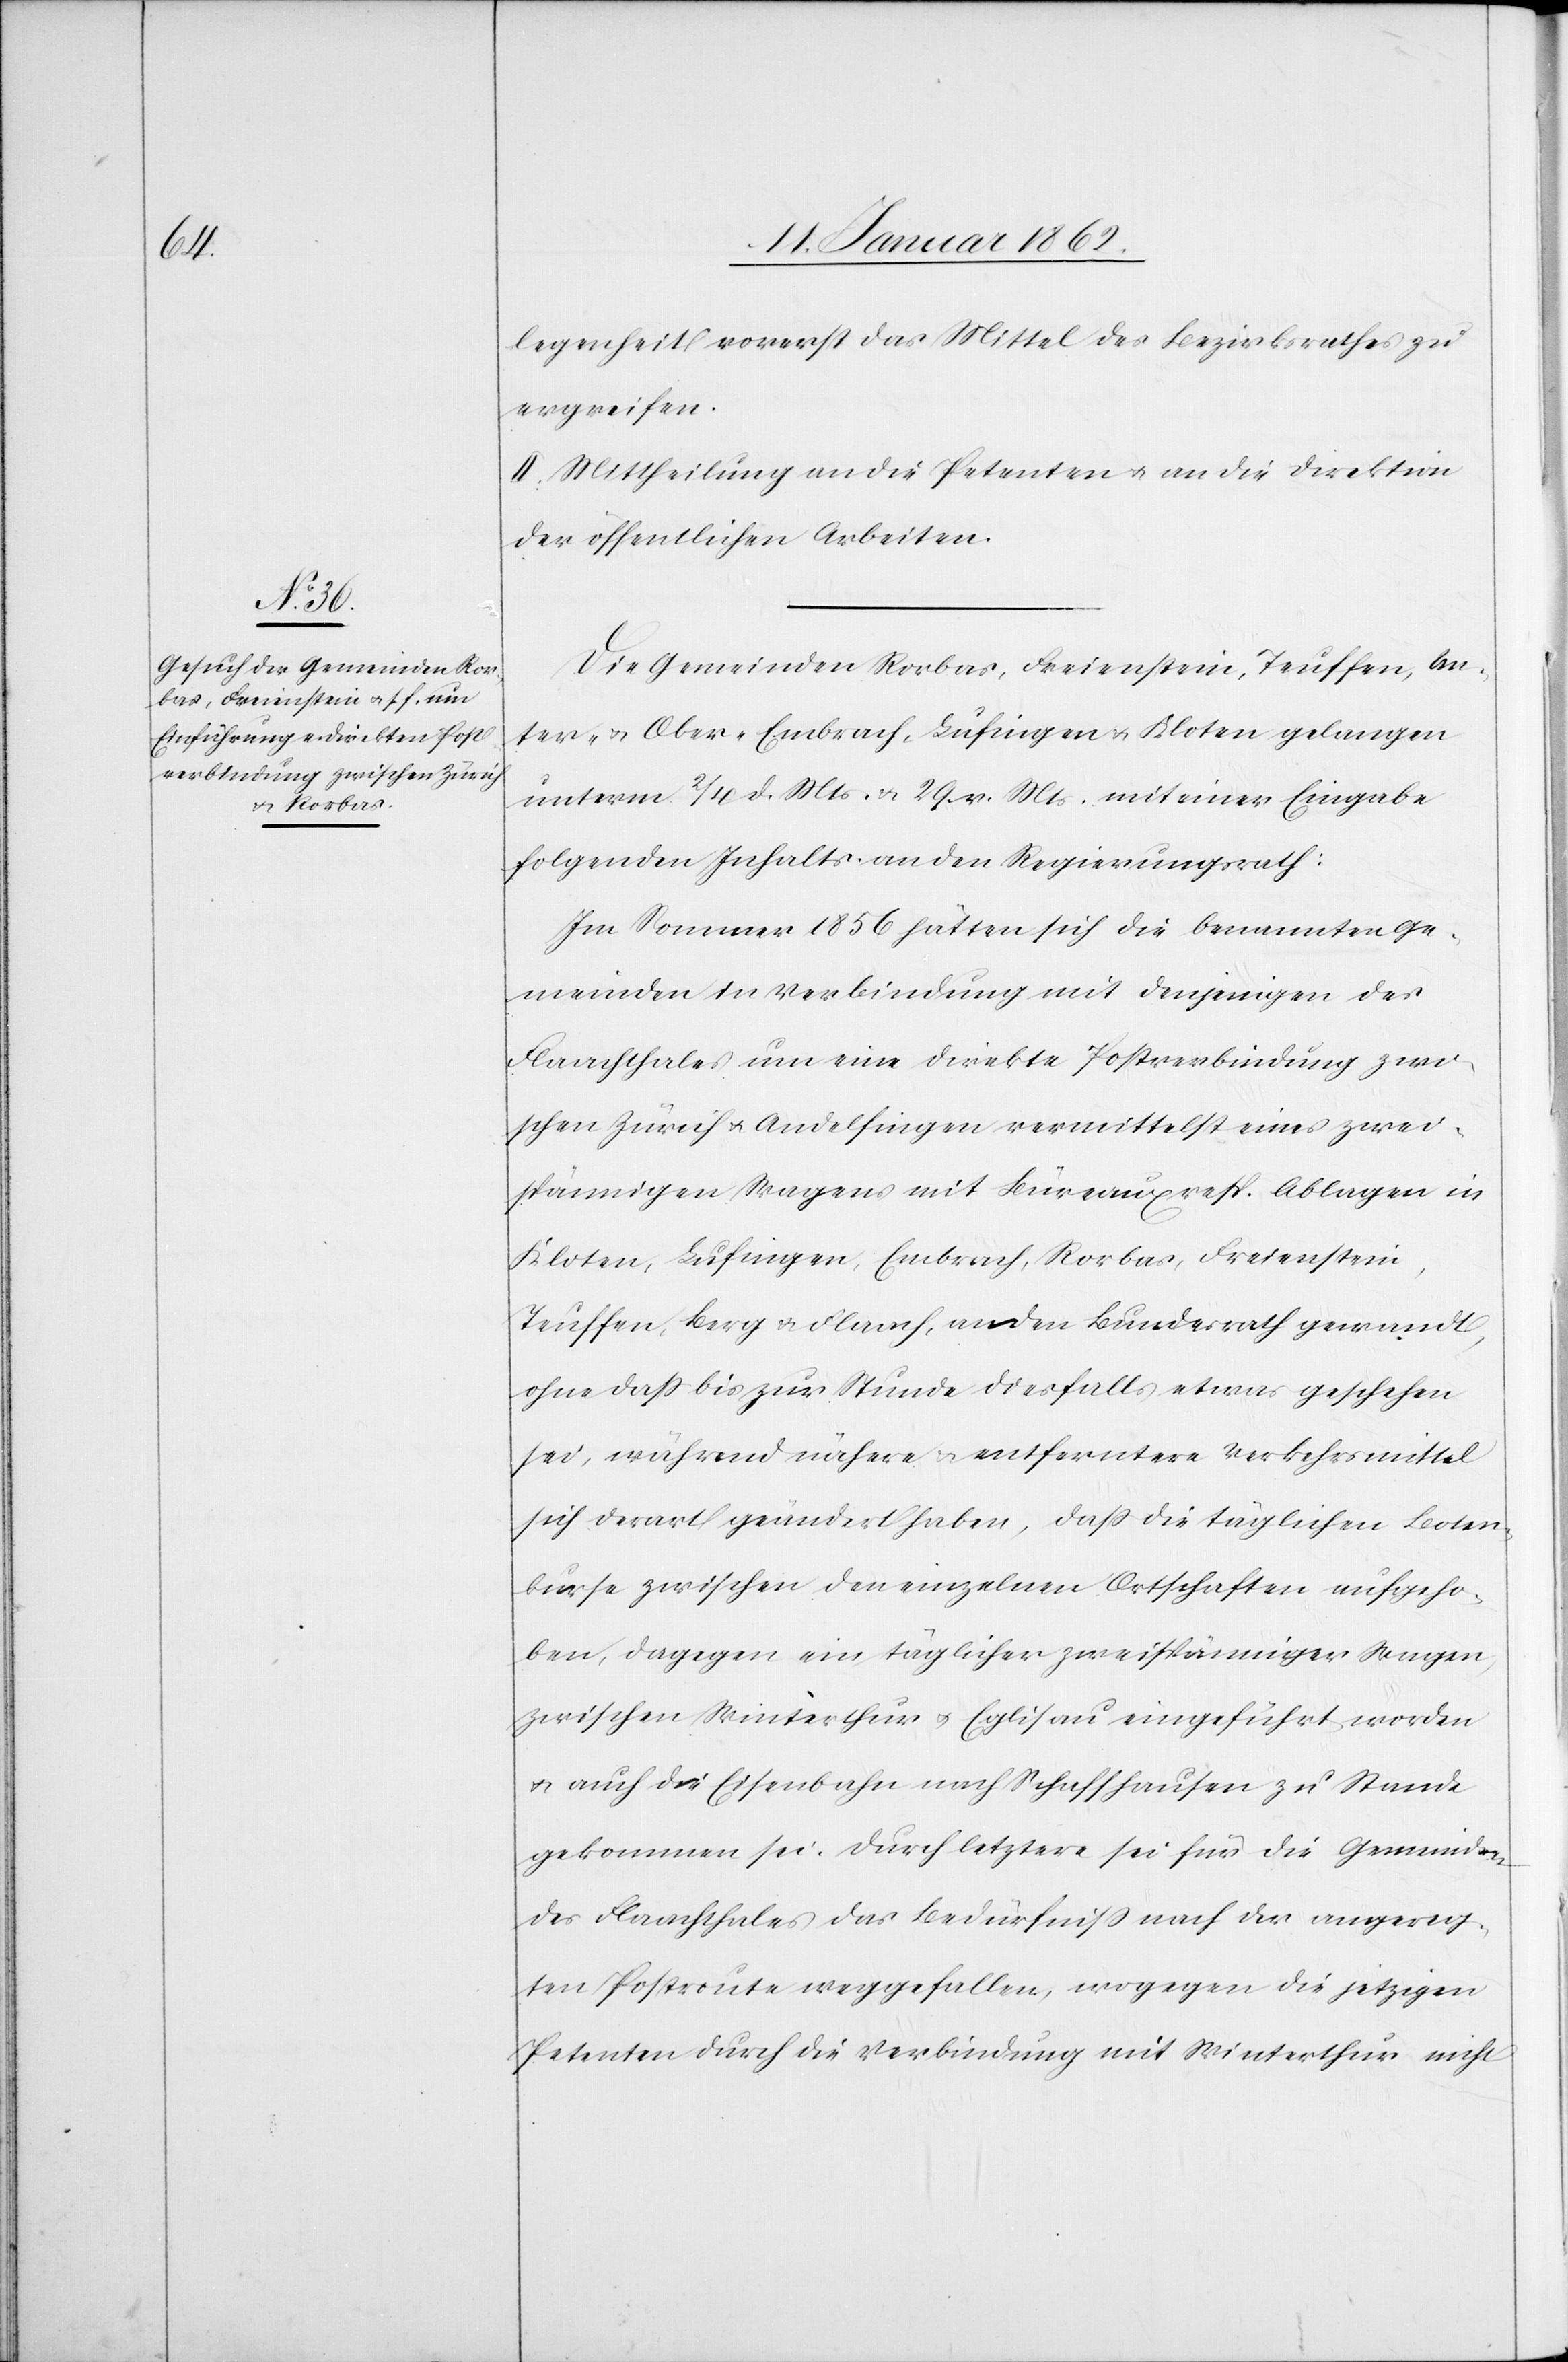
genheit vorerst das Mittel des Bezirksrathes zu
ergreifen.
II. Mittheilung an die Petenten u. an die Direktion
der öffentlichen Arbeiten.
Die Gemeinden Rorbas, Freienstein, Teuffen, Un¬
ter- u. Ober-Embrach, Lufingen u. Kloten gelangen
unterm 2/4 d. Mts. u. 29. v. Mts. mit einer Eingabe
folgenden Inhalts an den Regierungsrath:
Im Sommer 1856 hätten sich die benannten Ge¬
meinden in Verbindung mit denjenigen des
Flaachthales um eine direkte Postverbindung zwi¬
schen Zürich u. Andelfingen vermittelst eines zwei¬
spännigen Wagens mit Büreaux resp. Ablagen in
Kloten, Lufingen, Embrach, Rorbas, Freienstein,
Teuffen, Berg u. Flaach, an den Bundesrath gewandt,
ohne daß bis zur Stunde diesfalls etwas geschehen
sei, während nähere u. entferntere Verkehrsmittel
sich derart geändert haben, daß die täglichen Boten¬
kurse zwischen den einzelnen Ortschaften aufgeho¬
ben, dagegen ein täglicher zweispänniger Wagen
zwischen Winterthur u. Eglisau eingeführt worden
u. auch die Eisenbahn nach Schaffhausen zu Stande
gekommen sei. Durch letztere sei für die Gemeinden
des Flaachthales das Bedürfniß nach der angereg¬
ten Postroute weggefallen, wogegen die jetzigen
Petenten durch die Verbindung mit Winterthur nicht